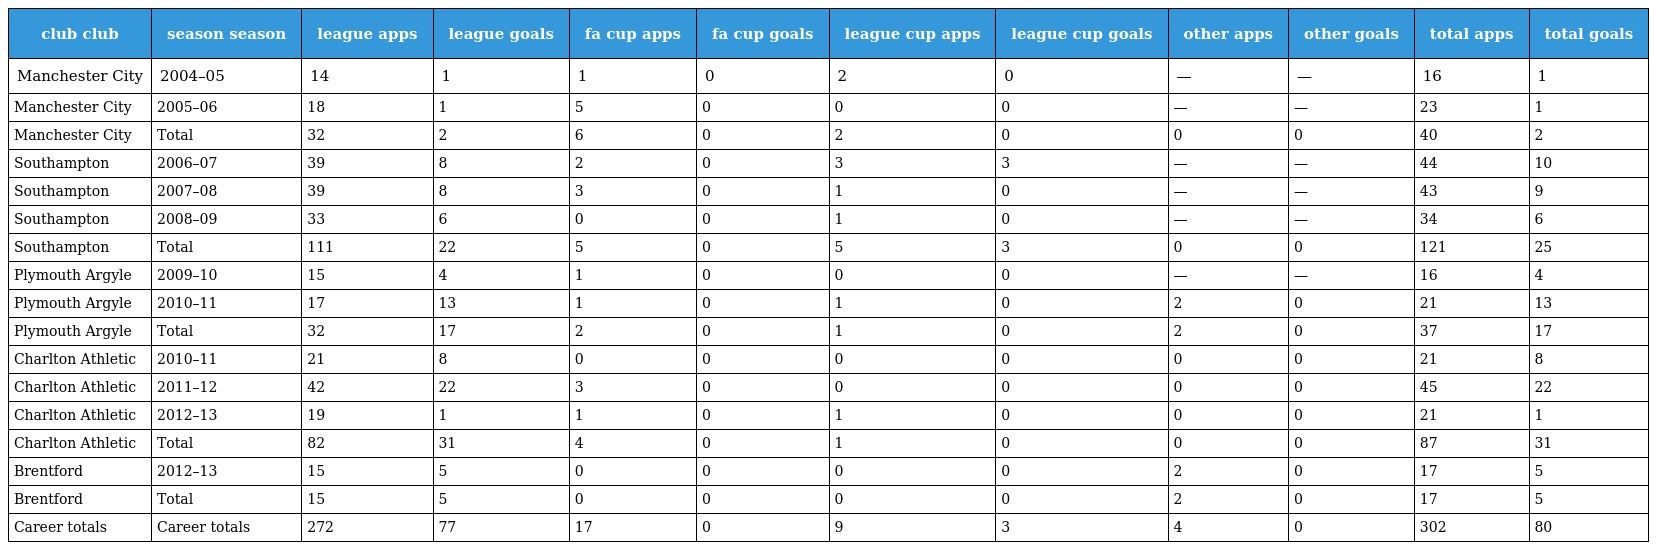
| club club | season season | league apps | league goals | fa cup apps | fa cup goals | league cup apps | league cup goals | other apps | other goals | total apps | total goals |
 | --- | --- | --- | --- | --- | --- | --- | --- | --- | --- | --- | --- |
 | Manchester City | 2004–05 | 14 | 1 | 1 | 0 | 2 | 0 | — | — | 16 | 1 |
 | Manchester City | 2005–06 | 18 | 1 | 5 | 0 | 0 | 0 | — | — | 23 | 1 |
 | Manchester City | Total | 32 | 2 | 6 | 0 | 2 | 0 | 0 | 0 | 40 | 2 |
 | Southampton | 2006–07 | 39 | 8 | 2 | 0 | 3 | 3 | — | — | 44 | 10 |
 | Southampton | 2007–08 | 39 | 8 | 3 | 0 | 1 | 0 | — | — | 43 | 9 |
 | Southampton | 2008–09 | 33 | 6 | 0 | 0 | 1 | 0 | — | — | 34 | 6 |
 | Southampton | Total | 111 | 22 | 5 | 0 | 5 | 3 | 0 | 0 | 121 | 25 |
 | Plymouth Argyle | 2009–10 | 15 | 4 | 1 | 0 | 0 | 0 | — | — | 16 | 4 |
 | Plymouth Argyle | 2010–11 | 17 | 13 | 1 | 0 | 1 | 0 | 2 | 0 | 21 | 13 |
 | Plymouth Argyle | Total | 32 | 17 | 2 | 0 | 1 | 0 | 2 | 0 | 37 | 17 |
 | Charlton Athletic | 2010–11 | 21 | 8 | 0 | 0 | 0 | 0 | 0 | 0 | 21 | 8 |
 | Charlton Athletic | 2011–12 | 42 | 22 | 3 | 0 | 0 | 0 | 0 | 0 | 45 | 22 |
 | Charlton Athletic | 2012–13 | 19 | 1 | 1 | 0 | 1 | 0 | 0 | 0 | 21 | 1 |
 | Charlton Athletic | Total | 82 | 31 | 4 | 0 | 1 | 0 | 0 | 0 | 87 | 31 |
 | Brentford | 2012–13 | 15 | 5 | 0 | 0 | 0 | 0 | 2 | 0 | 17 | 5 |
 | Brentford | Total | 15 | 5 | 0 | 0 | 0 | 0 | 2 | 0 | 17 | 5 |
 | Career totals | Career totals | 272 | 77 | 17 | 0 | 9 | 3 | 4 | 0 | 302 | 80 |